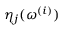
\eta _ { j } ( \boldsymbol { \omega } ^ { ( i ) } )